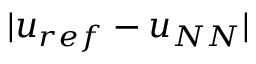
| u _ { r e f } - u _ { N N } |